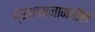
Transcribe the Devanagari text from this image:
प्रशासनामधील